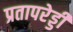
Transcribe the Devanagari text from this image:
प्रतापरेड्डी